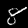
Label: 8